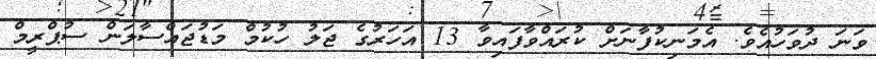
ވަނަ ދުވަހުއެވެ. އެމަނިކުފާނަށް ކުރައްވާފައިވާ 13 އަހަރުގެ ޖަލު ހުކުމް މަޑުޖައްސާލަން ސުޕްރީމް